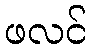
ဖလင်